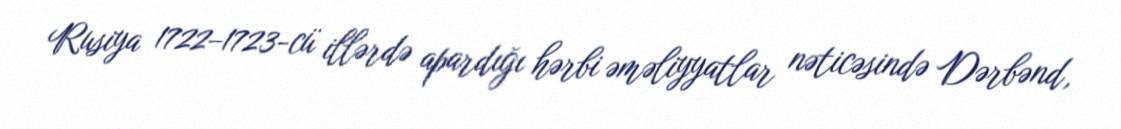
Rusiya 1722–1723-cü illərdə apardığı hərbi əməliyyatlar nəticəsində Dərbənd,